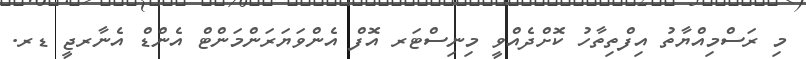
މި ރަސްމިއްޔާތު އިފްތިތާހު ކޮށްދެއްވީ މިނިސްޓަރ އޮފް އެންވަޔަރަންމަންޓް އެންޑް އެނާރޖީ ޑރ.